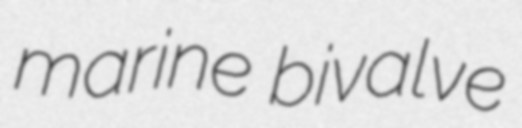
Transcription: marine bivalve